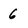
Character: 6